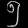
Digit: ၅